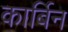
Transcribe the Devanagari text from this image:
कार्बिन